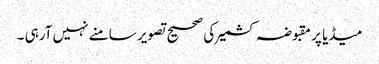
میڈیا پر مقبوضہ کشمیر کی صحیح تصویر سامنے نہیں آرہی ۔